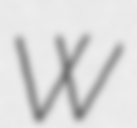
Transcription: W